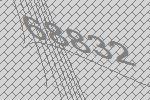
68832